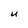
Character: U